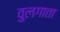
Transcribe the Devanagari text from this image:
वुलगाता